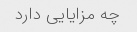
چه مزایایی دارد